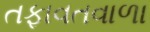
તફાવતવાળા